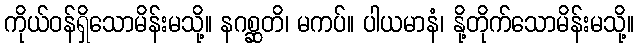
ကိုယ်ဝန်ရှိသောမိန်းမသို့။ နဂစ္ဆတိ၊ မကပ်။ ပါယမာနံ၊ နို့တိုက်သောမိန်းမသို့။